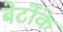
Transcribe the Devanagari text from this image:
बेटोंके